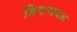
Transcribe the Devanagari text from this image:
ढिगाजवळ